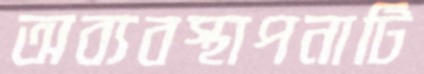
অব্যবস্থাপনাটি